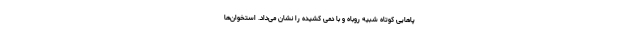
پاهایی کوتاه شبیه روباه و با دمی کشیده را نشان می‌داد. استخوان‌ها